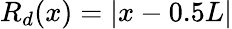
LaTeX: R_{d}(x)=|x-0.5L|